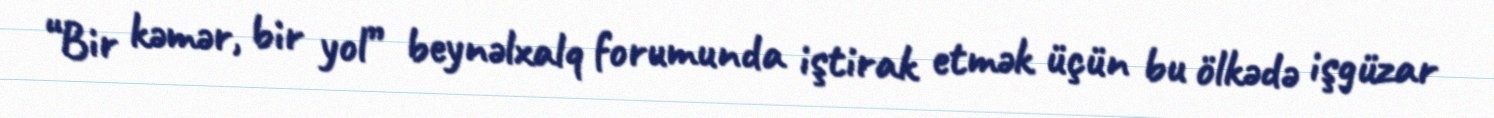
“Bir kəmər, bir yol” beynəlxalq forumunda iştirak etmək üçün bu ölkədə işgüzar